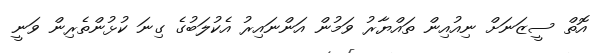
އޮތް ސީޒަނަށް ނިއުއިން ތައްޔާރު ވަމުން އަންނައިރު އެކުލަބުގެ ގިނަ ކުޅުންތެރިން ވަނީ